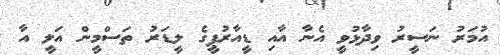
އުމަރު ނަސީރު ވިދާޅުވީ އެނާ އާއި ޑީއާރުޕީގެ ލީޑަރު ތަސްމީން އަލީ އާ